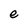
Character: e